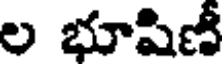
ల భూషిణీ